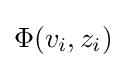
\Phi (v_{i},z_{i})